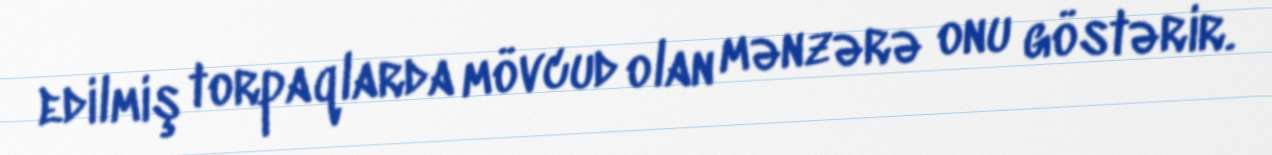
edilmiş torpaqlarda mövcud olan mənzərə onu göstərir.